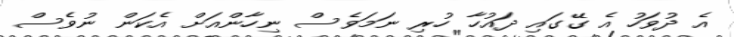
އެ ދުވަހު އެ ގޭގައި ދައުހާ ހުރި ނަމަވެސް ނިހާންއަށް އެކަން ނުވެސް